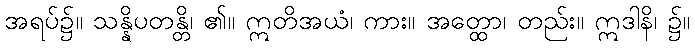
အရပ်၌။ သန္နိပတန္တိ၊ ၏။ ဣတိအယံ၊ ကား။ အတ္ထော၊ တည်း။ ဣဒါနိ၊ ၌။